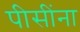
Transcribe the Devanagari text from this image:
पीसींना